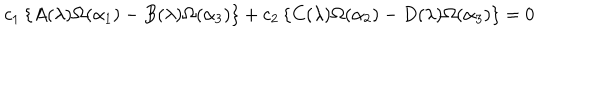
c _ { 1 } \left\{ A ( \lambda ) \Omega ( \alpha _ { 1 } ) - B ( \lambda ) \Omega ( \alpha _ { 3 } ) \right\} + c _ { 2 } \left\{ C ( \lambda ) \Omega ( \alpha _ { 2 } ) - D ( \lambda ) \Omega ( \alpha _ { 3 } ) \right\} = 0